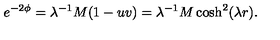
e ^ { - 2 \phi } = \lambda ^ { - 1 } M ( 1 - u v ) = \lambda ^ { - 1 } M \cosh ^ { 2 } ( \lambda r ) .